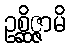
ဥစ္ဆိဇ္ဇာမိ